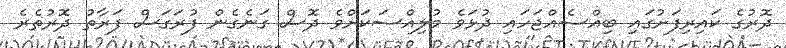
ދޮރުގެ ކައިރިފަށުގައި ބިއްސެއްޖަހައި ދުޅަވެ މުލިއްސަކަށްވެ ދޮސް ގަނެގެން ފުރަގަސް ފަރާތު ދޮރުތެރެ